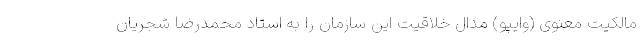
مالکیت معنوی (وایپو) مدال خلاقیت این سازمان را به استاد محمدرضا شجریان